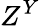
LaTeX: Z^{Y}